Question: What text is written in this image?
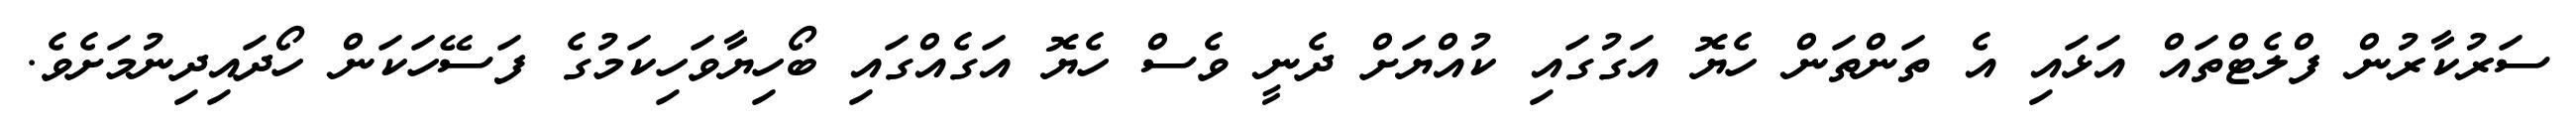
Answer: ސަރުކާރުން ފްލެޓްތައް އަޅައި އެ ތަންތަން ހެޔޮ އަގުގައި ކުއްޔަށް ދެނީ ވެސް ހެޔޮ އަގެއްގައި ބޯހިޔާވަހިކަމުގެ ފަސޭހަކަން ހޯދައިދިނުމަށެވެ.